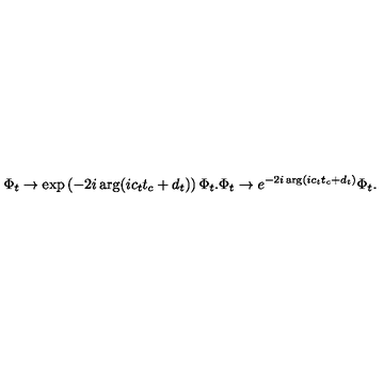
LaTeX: \Phi _ { t } \rightarrow \exp \left( - 2 i \arg ( i c _ { t } t _ { c } + d _ { t } ) \right) \Phi _ { t } . \Phi _ { t } \rightarrow e ^ { - 2 i \arg ( i c _ { t } t _ { c } + d _ { t } ) } \Phi _ { t } .